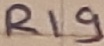
Text: R19